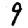
Digit: 9